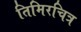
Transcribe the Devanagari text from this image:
तिमिरचित्र